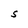
Character: S